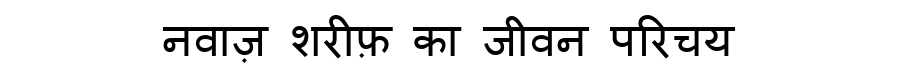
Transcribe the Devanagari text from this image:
नवाज़ शरीफ़ का जीवन परिचय